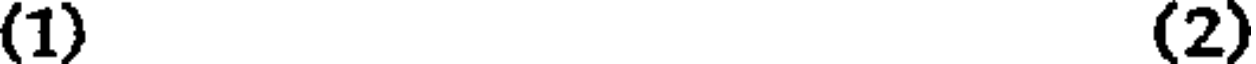
(1) (2)